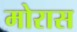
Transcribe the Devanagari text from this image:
मोरास